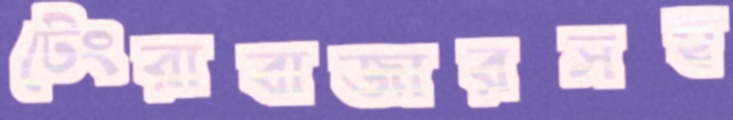
টেংরাবাজারসহ